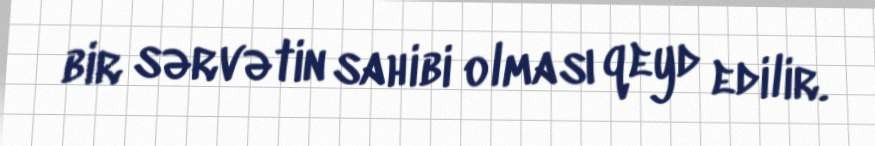
bir sərvətin sahibi olması qeyd edilir.